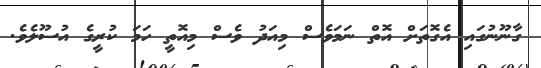
ގާނޫނުގައި އެގޮތަށް އޮތް ނަމަވެސް މިއަދު ވެސް މިއޮތީ ހަމަ ކުރީގެ އުސޫލެވެ.